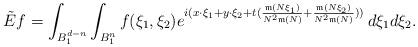
LaTeX: \begin{align*} \tilde{E}f=\int_{B_1^{d-n}} \int_{B_1^{n}} f(\xi_1,\xi_2) e^{i(x\cdot \xi_1+y\cdot \xi_2+t(\frac{\mathfrak{m}(N\xi_1)}{N^2 \mathfrak{m}(N)}+\frac{\mathfrak{m}(N\xi_2)}{N^2 \mathfrak{m}(N)}))} \, d\xi_1 d\xi_2.\end{align*}